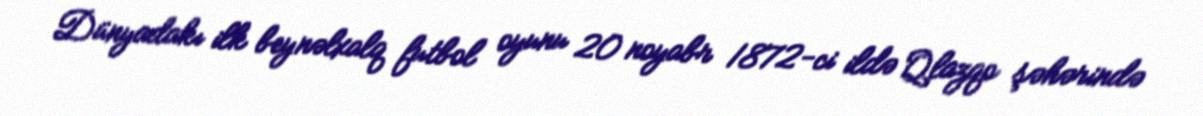
Dünyadakı ilk beynəlxalq futbol oyunu 20 noyabr 1872-ci ildə Qlazqo şəhərində